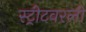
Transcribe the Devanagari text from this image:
स्ट्रीटवरली